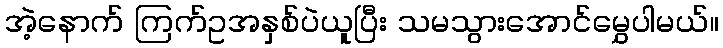
အဲ့နောက် ကြက်ဥအနှစ်ပဲယူပြီး သမသွားအောင်မွှေပါမယ်။